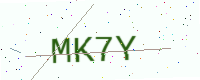
Text: MK7Y